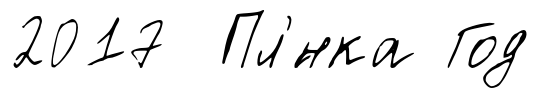
2017 Пл'́нка Год